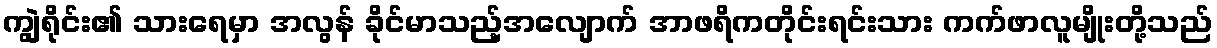
ကျွဲရိုင်း၏ သားရေမှာ အလွန် ခိုင်မာသည့်အလျောက် အာဖရိကတိုင်းရင်းသား ကက်ဖာလူမျိုးတို့သည်